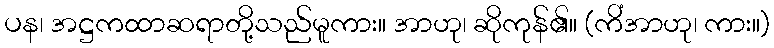
ပန၊ အဋ္ဌကထာဆရာတို့သည်မူကား။ အာဟု၊ ဆိုကုန်၏။ (ကိံအာဟု၊ ကား။)